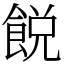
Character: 䬽